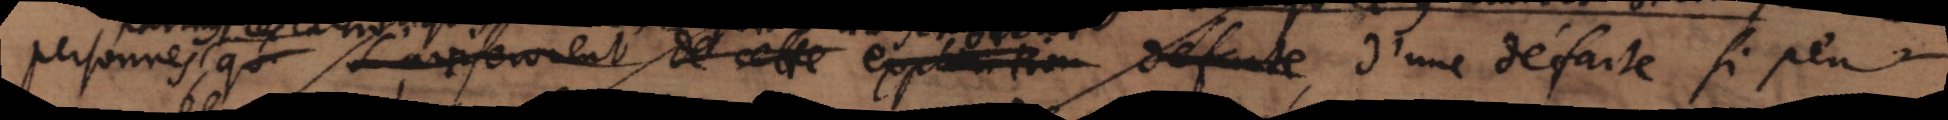
personnes qui s’aviserrent de cela exp_ réfute d’une défaite si peu